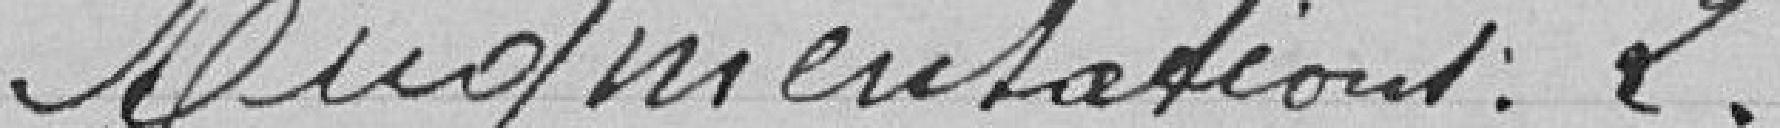
Augmentations : 2.